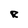
Character: R